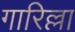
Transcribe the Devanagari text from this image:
गारिल्ला